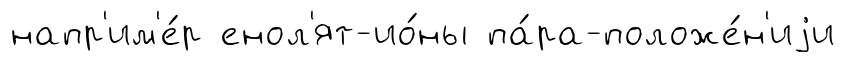
напр'им'е́р енол'ят-ио́ны па́ра-положе́н'иjи